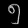
Digit: ၅